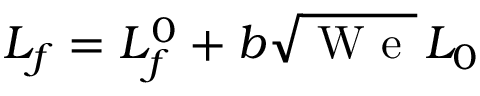
L _ { f } = L _ { f } ^ { 0 } + b \sqrt { \mathrm { ~ W ~ e ~ } } \, L _ { 0 }